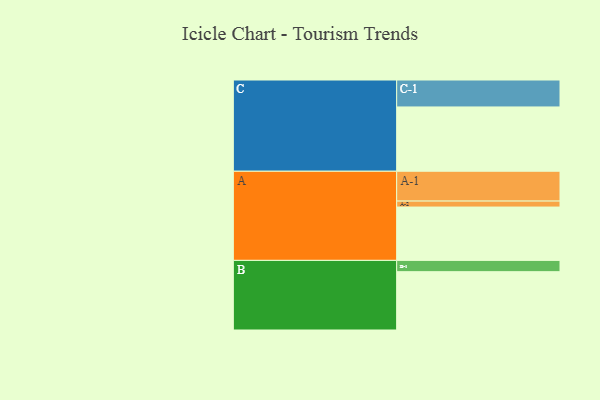
{"axis": {"x": "Segment", "y": "Value"}, "legend": ["", "A", "B", "C"], "data": [{"x": "A", "y": 481, "type": ""}, {"x": "B", "y": 526, "type": ""}, {"x": "C", "y": 580, "type": ""}, {"x": "A-1", "y": 269, "type": "A"}, {"x": "A-2", "y": 54, "type": "A"}, {"x": "B-1", "y": 102, "type": "B"}, {"x": "C-1", "y": 243, "type": "C"}]}